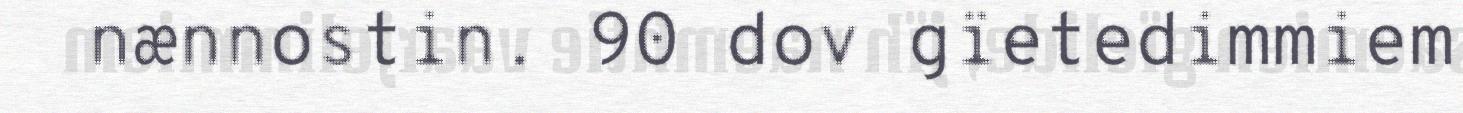
nænnostin. 90 dov gïetedimmiem